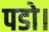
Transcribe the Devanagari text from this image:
पडो।